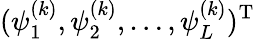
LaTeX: (\psi_{1}^{(k)},\psi_{2}^{(k)},\dots,\psi_{L}^{(k)})^{\mathrm{T}}